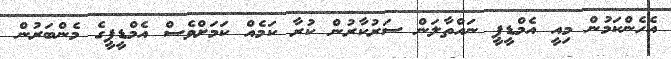
އެހެންކަމުން މިއީ އެމްޑީޕީ ނައްތާލަން ސަރުކާރުން ކުރާ ކަމެއް ކަމަށްވެސް އެމްޑީޕީގެ މެންބަރުން